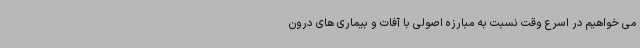
می خواهیم در اسرع وقت نسبت به مبارزه اصولی با آفات و بیماری های درون